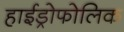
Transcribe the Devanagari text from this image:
हाईड्रोफोलिक